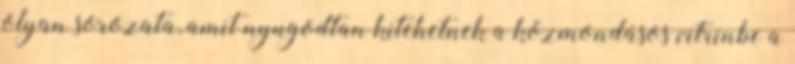
olyan sorozata, amit nyugodtan kitehetnek a közmondásos vitrinbe a